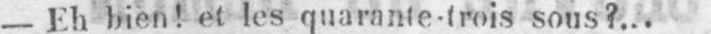
- Eh bien! et les quarante-trois sous?...